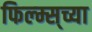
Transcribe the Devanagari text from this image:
फिल्म्स्‌च्या